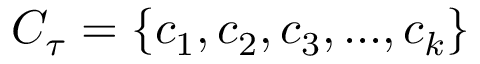
C _ { \tau } = \{ c _ { 1 } , c _ { 2 } , c _ { 3 } , . . . , c _ { k } \}